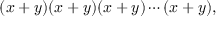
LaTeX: ( x + y ) ( x + y ) ( x + y ) \cdots ( x + y ) ,